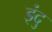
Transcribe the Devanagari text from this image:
इंदु